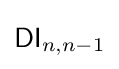
{\mathsf {DI}}_{n,n-1}